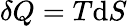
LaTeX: \delta Q=T\mathrm{d}S